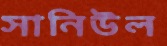
সানিউল